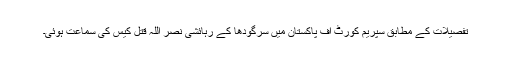
تفصیلات کے مطابق سپریم کورٹ آف پاکستان میں سرگودھا کے رہائشی نصر اللہ قتل کیس کی سماعت ہوئی۔